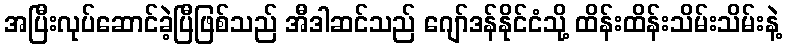
အပြီးလုပ်ဆောင်ခဲ့ပြီဖြစ်သည် အီဒါဆင်သည် ဂျော်ဒန်နိုင်ငံသို့ ထိန်းထိန်းသိမ်းသိမ်းနဲ့